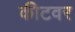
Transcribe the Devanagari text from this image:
कीटवर